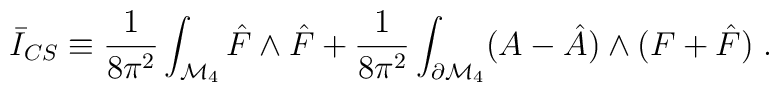
\bar I_{CS}\equiv\frac{1}{8\pi^2}\int_{{\cal M}_4} \hat F\wedge \hat F+\frac{1}{8\pi^2} \int_{\partial {\cal M}_4} (A-\hat A)\wedge(F+\hat F)\; .